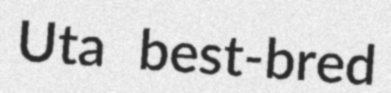
Uta best-bred